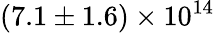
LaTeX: (7.1\pm 1.6)\times 10^{14}